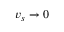
v _ { s } \rightarrow 0